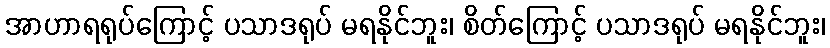
အာဟာရရုပ်ကြောင့် ပသာဒရုပ် မရနိုင်ဘူး၊ စိတ်ကြောင့် ပသာဒရုပ် မရနိုင်ဘူး၊